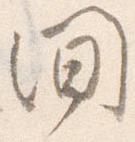
間